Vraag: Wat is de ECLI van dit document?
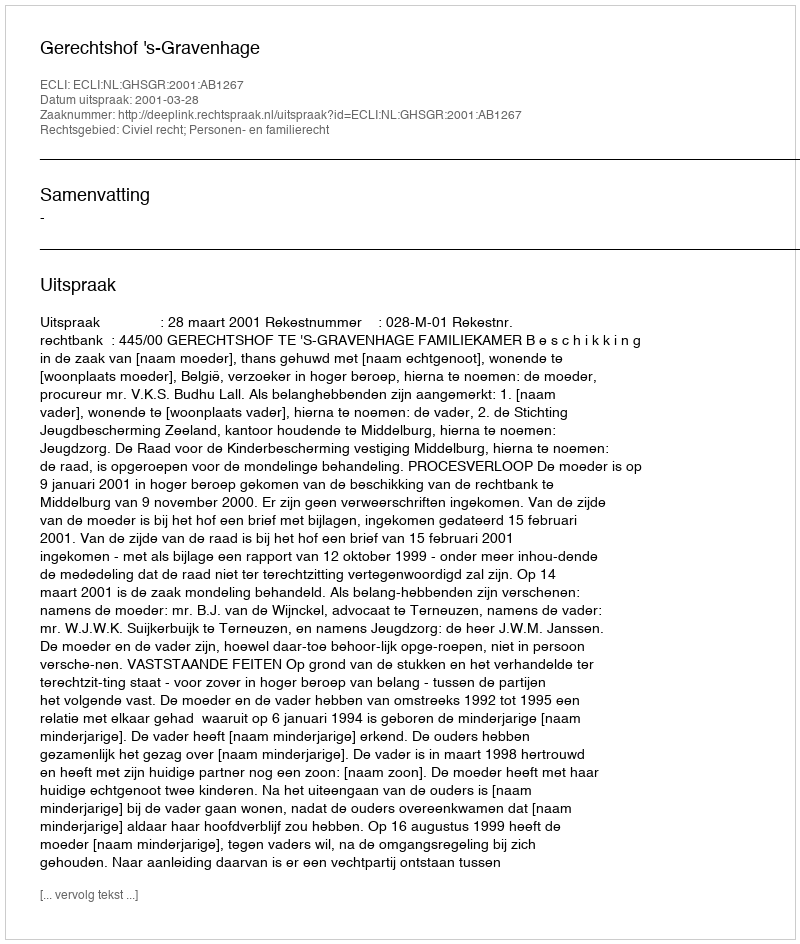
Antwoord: ECLI:NL:GHSGR:2001:AB1267